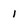
Character: 1